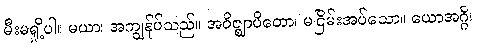
မီးမရှို့ပါ။ မယာ၊ အကျွန်ုပ်သည်။ အဝိဇ္ဈာပိတော၊ မငြိမ်းအပ်သော။ ယောအဂ္ဂိ၊